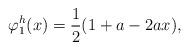
LaTeX: \begin{align*}\varphi^h_1(x) = {1 \over 2} ( 1 + a - 2 a x ) ,\end{align*}